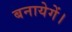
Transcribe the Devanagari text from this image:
बनायेगें।